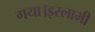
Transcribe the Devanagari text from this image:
गया।इस्लामी